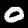
Label: 0